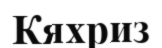
Кяхриз